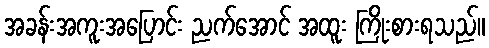
အခန်းအကူးအပြောင်း ညက်အောင် အထူး ကြိုးစားရသည်။